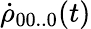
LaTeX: {{\dot{\rho}}_{00..0}}(t)